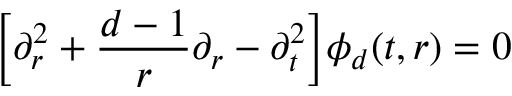
\Big [ \partial _ { r } ^ { 2 } + \frac { d - 1 } { r } \partial _ { r } - \partial _ { t } ^ { 2 } \Big ] \phi _ { d } ( t , r ) = 0